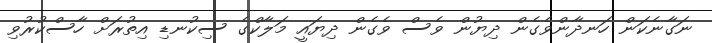
ނަގާނެކަން ހަނދާންވެގެން ދިޔުން ވެސް ވެގެން ދިޔައީ މަލާކްގެ ސިކުނޑި އިތުރަށް ހާސްކުރުވި